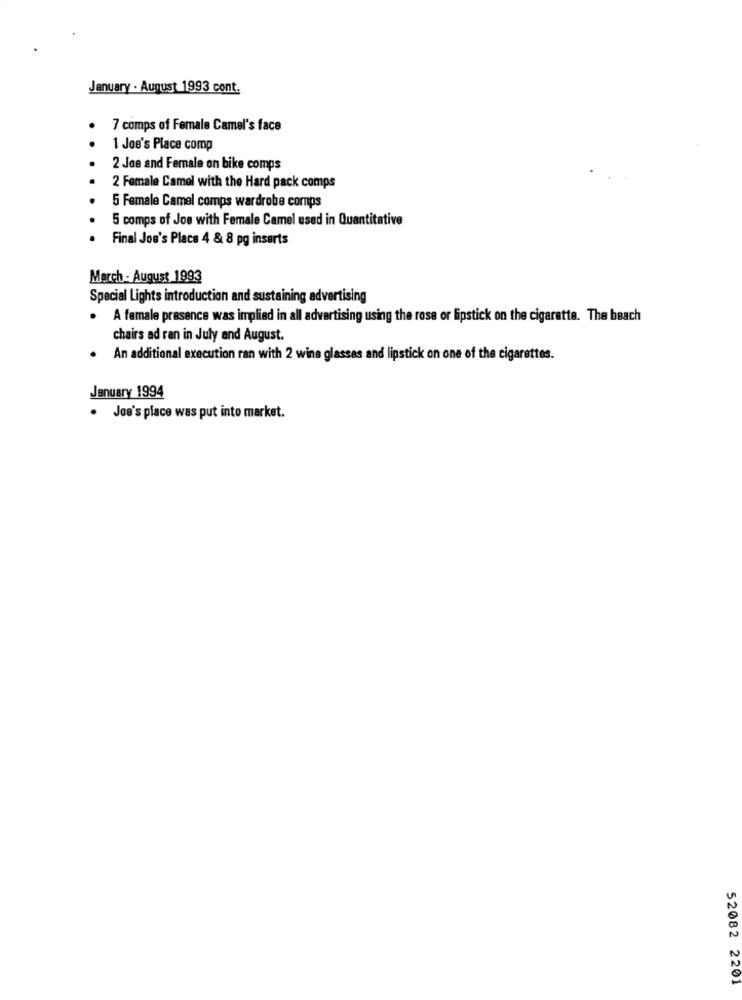
January . August 1993 cont.
7 comps of Female Camel's face
1 Joe's Place comp
2 Joe and Female on bike comps
2 Female Camel with the Hard pack comps
5 Female Camel comps wardrobe comps
5 comps of Joe with Female Camel used in Quantitative
Final Joe's Place 4 & 8 pg inserts
March - August 1993
Special Lights introduction and sustaining advertising
A female presence was implied in all advertising using the rose or lipstick on the cigarette. The beach
chairs ad ran in July and August.
An additional execution ran with 2 wine glasses and lipstick on one of the cigarettes.
January 1994
· Jos's place was put into market.
52082 2201